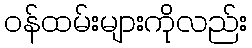
ဝန်ထမ်းများကိုလည်း